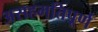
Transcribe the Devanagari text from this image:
असहमतिपूर्ण